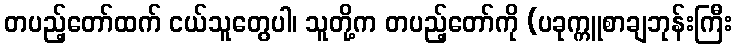
တပည့်တော်ထက် ငယ်သူတွေပါ၊ သူတို့က တပည့်တော်ကို (ပခုက္ကူစာချဘုန်းကြီး